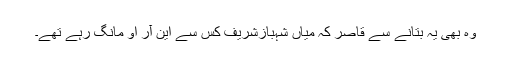
وہ بھی یہ بتانے سے قاصر کہ میاں شہبازشریف کس سے این آر او مانگ رہے تھے۔